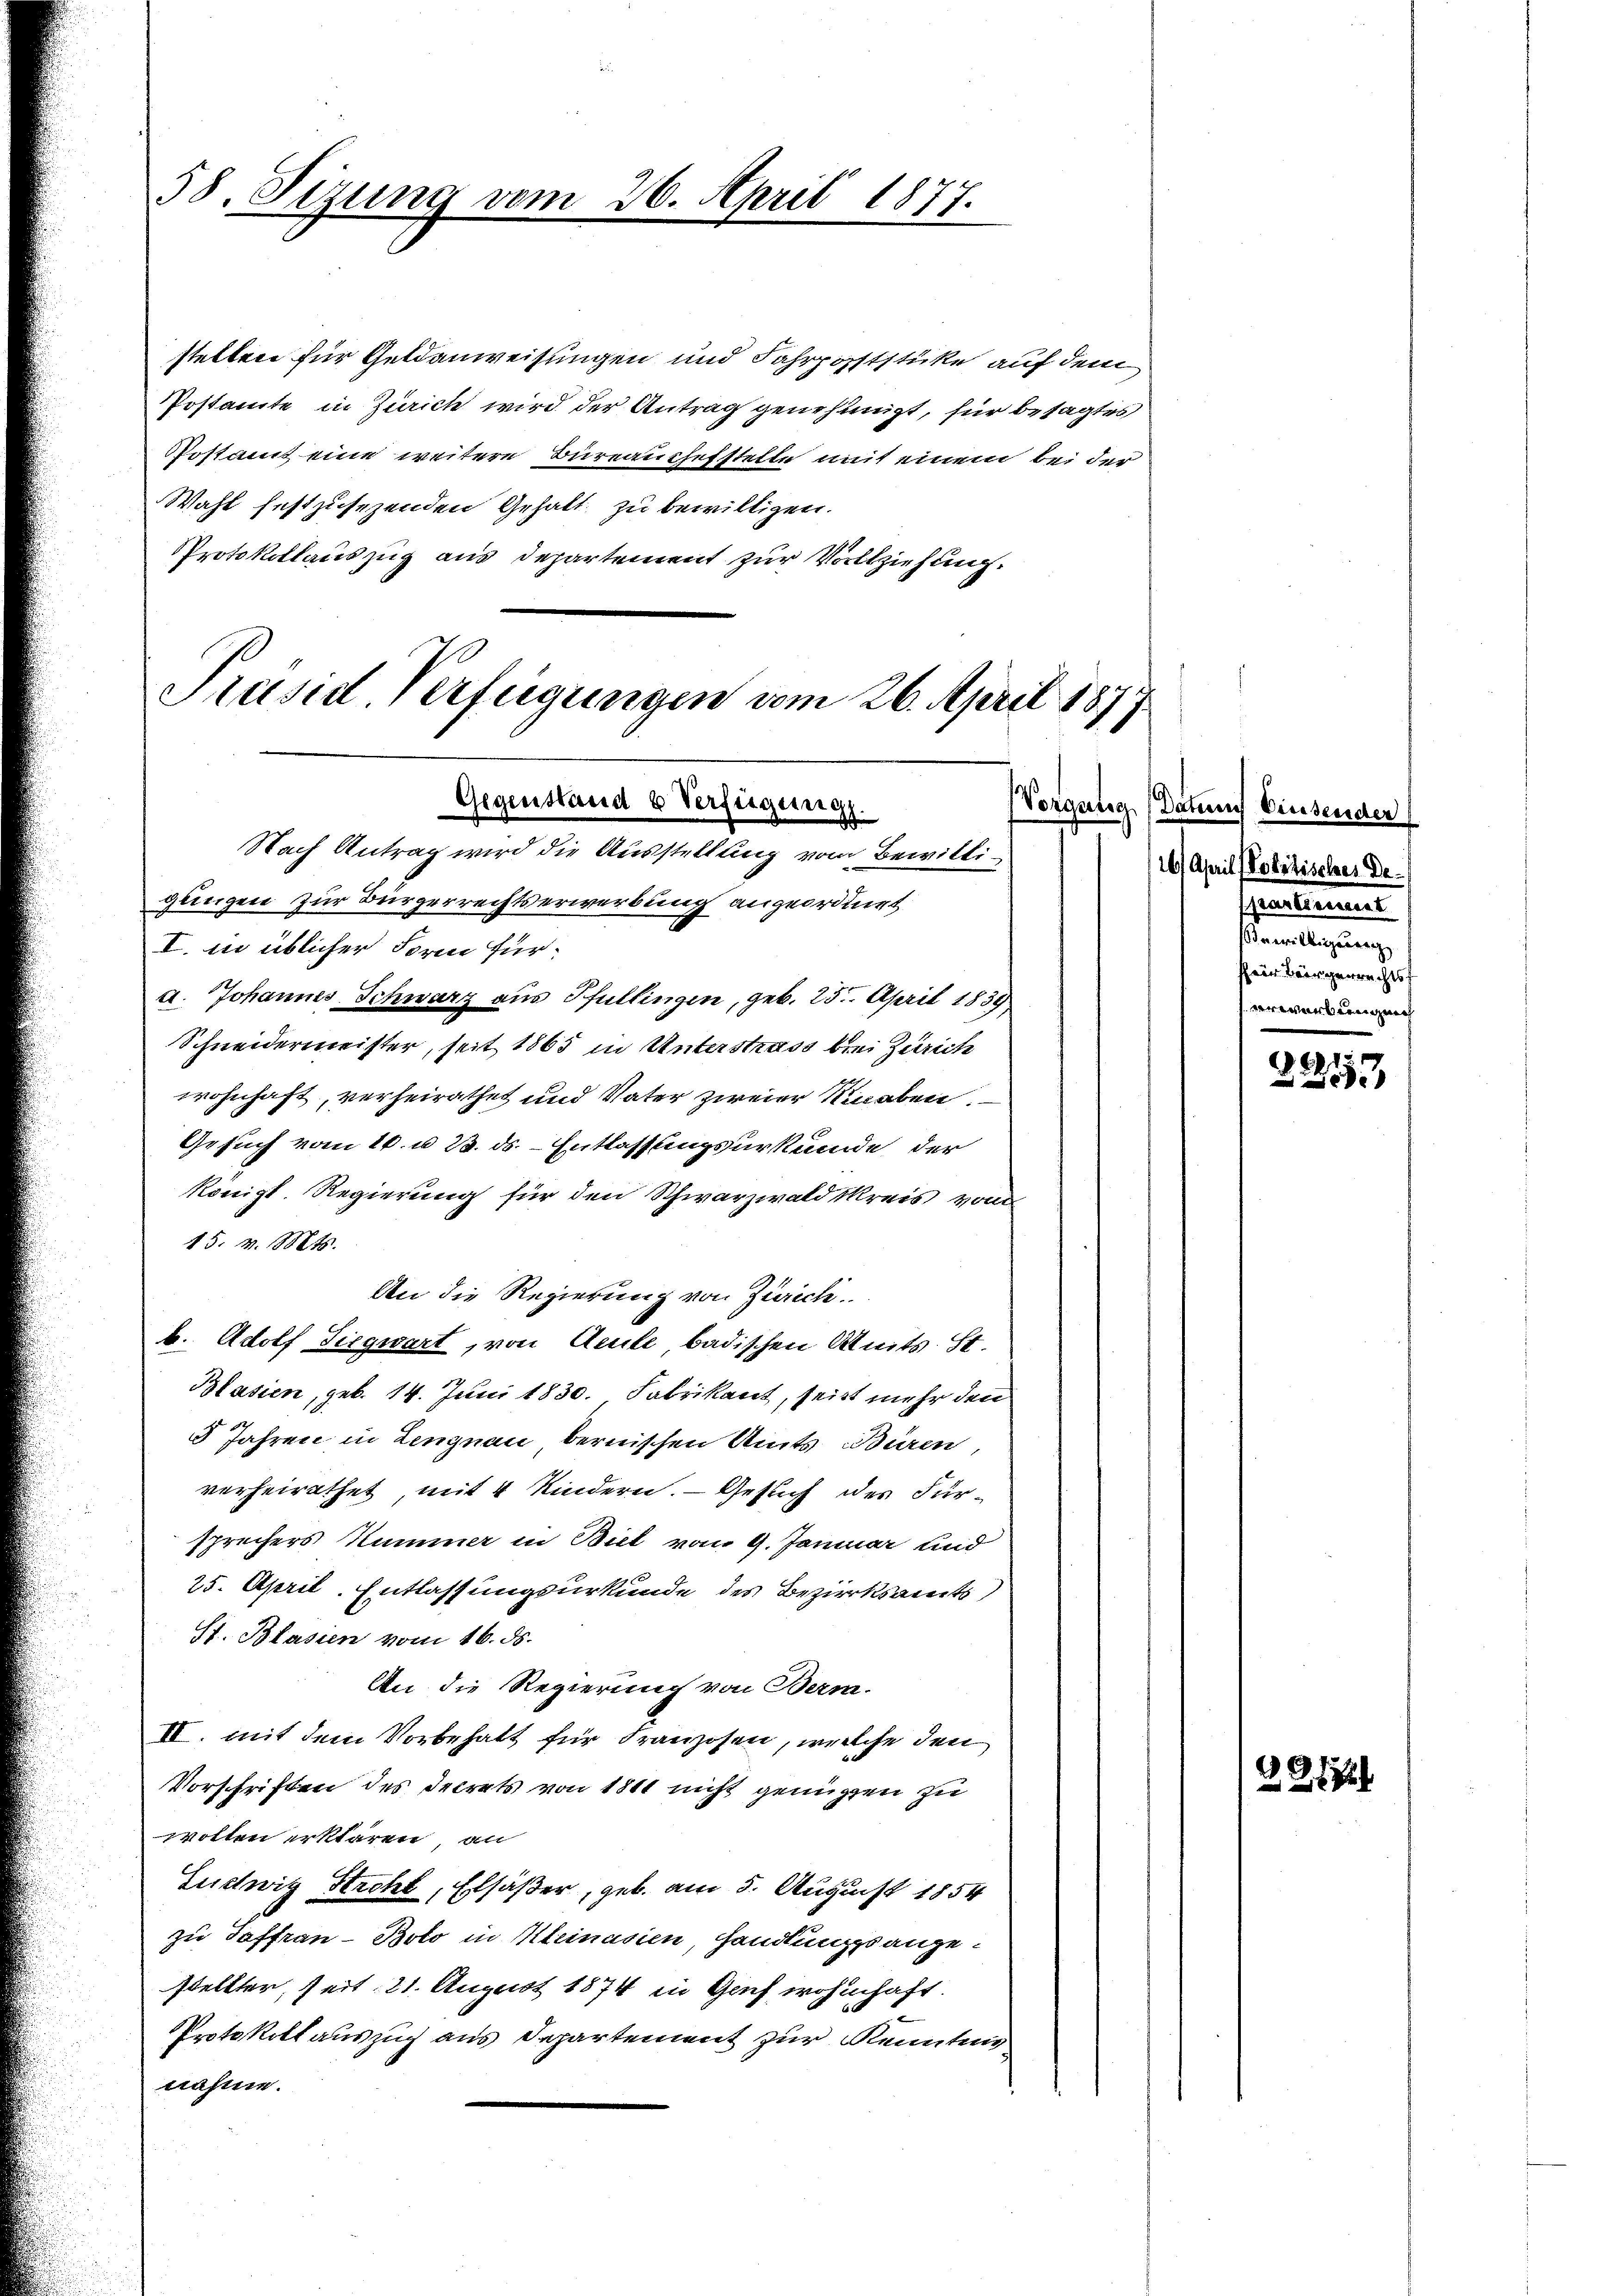
58. Sizung vom

26. April 1877.

stetten für Geldanweisungen und Fahrpoststücke auf dem
Postamte in Zürich wird der Antrag genehmigt, für besagtes
Postamt eine weitere Bureaussefstelle mit einem bei der
Wahl festzusezenden Gehalt zu bewilligen.
PProtokollauszug aus Departement zur Vollziehung.
I. in üblicher Form für
a. Johannes Schwarz aus Pfullingen, geb. 25. April 1839
Schneidermeister, seit 1865 in Unterstrass bei Zürich
wohnhaft, verheirathet und Vater zweier Knaben.
Gesuch vom 16. u. 23. ds. - Entlassungsurkunde der
königl. Regierung für den Schwarzwald Kreis von
15. v. Mts.
An die Regierung von Zürich.
b. Adolf Siegwart, von Amte, badischen Amts St.
Blasien, geb. 14. Juni 1830. Fabrikant, seit mehr den
5 Jahren in Lengnau bernischen Amts Büren,
verheirathet mit 4 Kindern. — Gesuch des Fürsprechers Kummer in Biel vom 9. Januar und
25. April. Entlassungsurkunde des Bezirksamts,
Pf. Blasien vom 16. ds.
An die Regierung von Berm.
III. mit dem Vorbehalt für Franzosen, welche den
Vorschriften des Decrets von 1811 nicht genügen zu
wolten erklären, an
Ludwig Stacht, Elsäßer, geb. am 5. August 1854
zu Joffran-Boto in Kleinasien, handlungsangestellter, seit 21. August 1874 in Graf wohnhaft.
PProtokollauszug aus Departement zur Kenntens
nahme.

Präsid. Verfügungen vom 26. April 1877.
Gegenstand 6 Verfügung.
Nach Antrag wird die Ausstellung vom Bewilligungen zur Bürgerrechtserwerbung angeordnet

Vorgung (Datum Einsender
16. April - Politisches Dealimen
Bewilligung
ser Bürgenrechtsf
verwerbung nich

6

3.3.1958